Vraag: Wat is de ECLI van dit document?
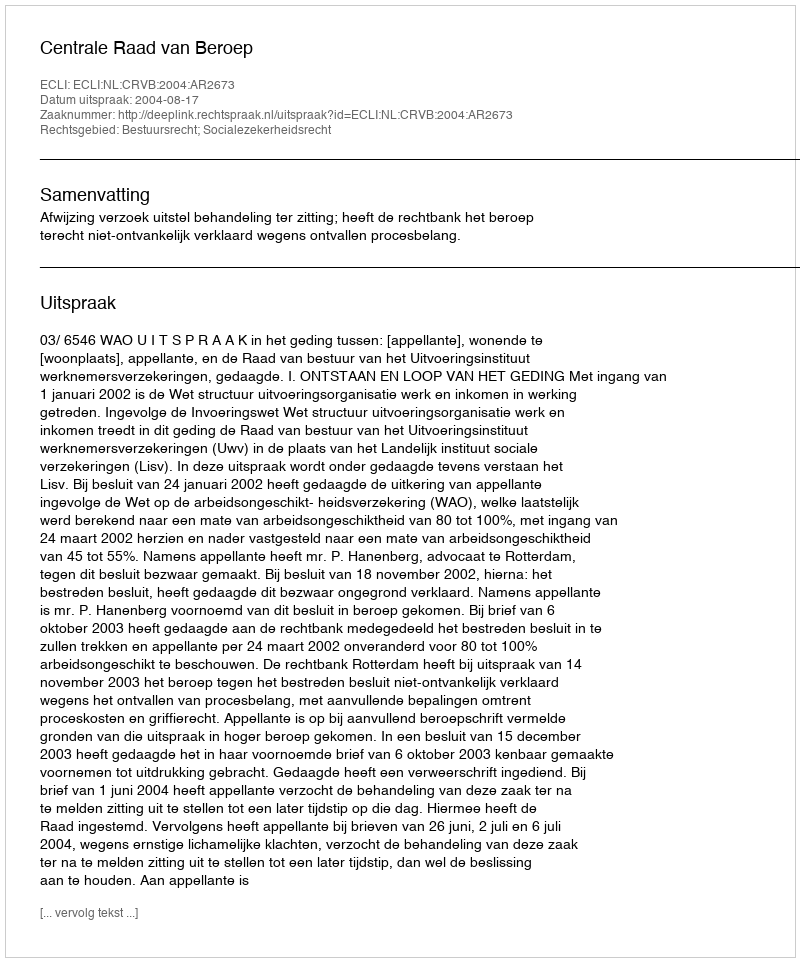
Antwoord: ECLI:NL:CRVB:2004:AR2673